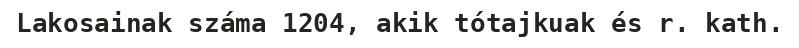
Lakosainak száma 1204, akik tótajkuak és r. kath.